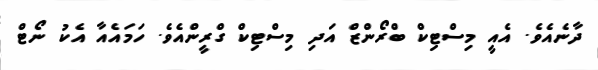
ދާނެއެވެ. އެއީ މިސްޓިކް ބްރޯންޒް އަދި މިސްޓިކް ގްރީންއެވެ. ހަމައެއާ އެކު ނޯޓް